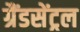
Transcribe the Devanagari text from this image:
ग्रैंडसेंट्रल